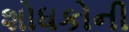
શોધકોની